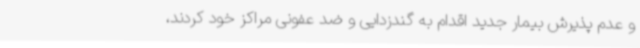
و عدم پذیرش بیمار جدید اقدام به گندزدایی و ضد عفونی مراکز خود کردند،